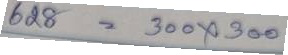
628 = 300 x 300